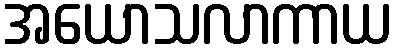
အယောသလာကာယ